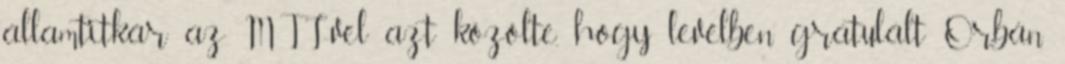
államtitkár az MTI-vel azt közölte, hogy levélben gratulált Orbán